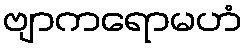
ဗျာကရောမဟံ